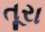
તૂરા